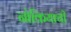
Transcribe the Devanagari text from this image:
नोकियाची